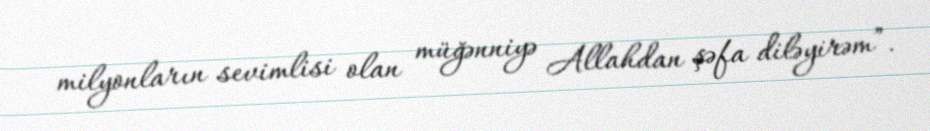
milyonların sevimlisi olan müğənniyə Allahdan şəfa diləyirəm”.